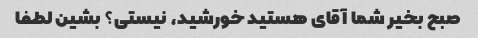
صبح بخیر شما آقای هستید خورشید، نیستی؟ بشین لطفا